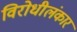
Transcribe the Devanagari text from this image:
विरोधीलंकार